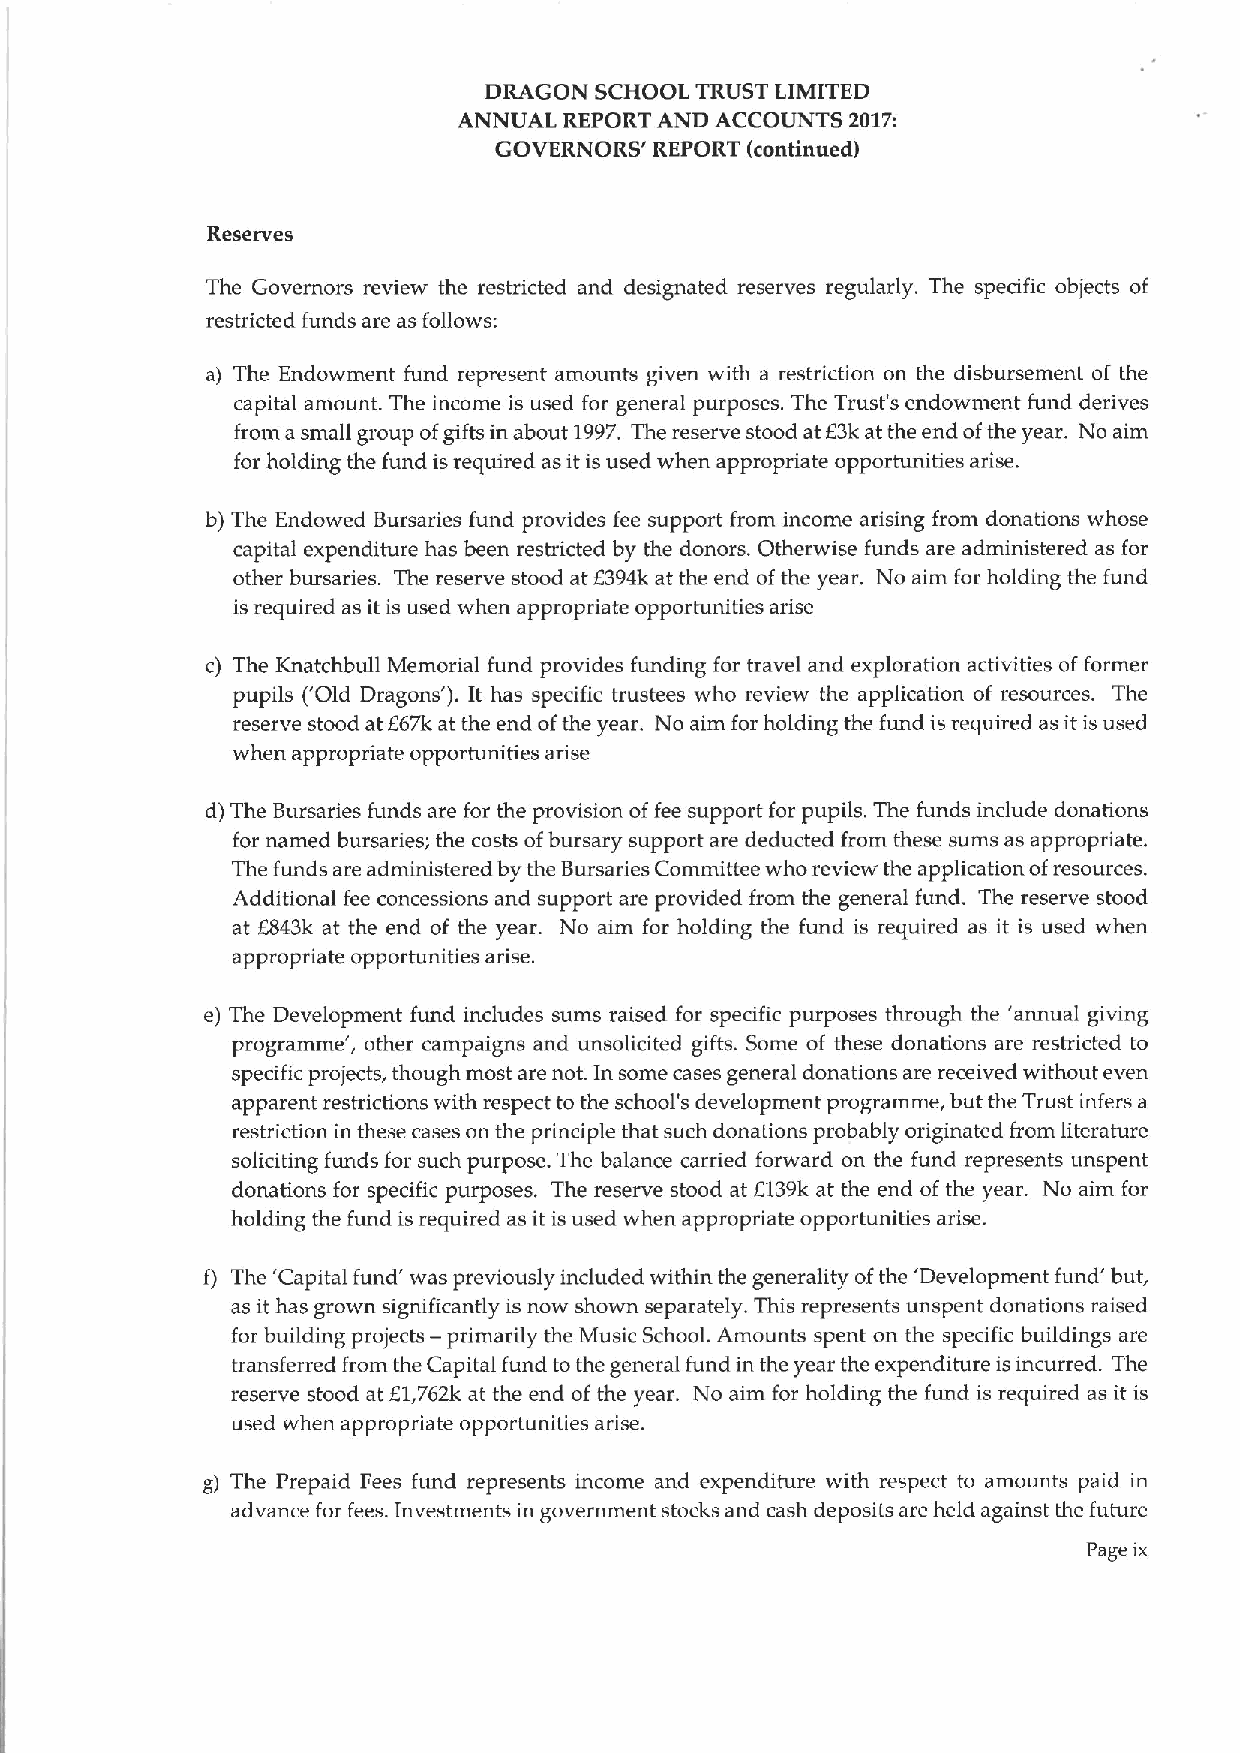
DRAGON SCHOOL TRUST LIMITED
 ANNUAL REPORT AND ACCOUNTS 2017:
 GOVERNORS' REPORT (continued)
 Reserves
 The Governors review the restricted and designated reserves regularly. The specific objects of
 restricted funds are as follows:
 a) The Endowment fund represent amounts given with a restriction on the disbursement of the
 capital amount. The income is used for general purposes. The Trust's endowment fund derives
 from a small group ofgifts in about 1997.The reserve stood at E3kat the end ofthe year. No aim
 for holding the fund isrequired as it is used when appropriate opportunities arise.
 b) The Endowed Bursaries fund provides fee support from income arising from donations whose
 capital expenditure has been restricted by the donors. Otherwise funds are administered as for
 other bursaries. The reserve stood atE394k at the end ofthe year. No aim for holding the fund
 is required as itis used when appropriate opportunities arise
 c) The Knatchbull Memorial fund provides funding for travel and exploration activities offormer
 pupils ('Old Dragons' ).It has specific trustees who review the application of resources. The
 reserve stood at E67k at the end ofthe year. No aim for holding the fund is required as it is used
 when appropriate opportunities arise
 d) The Bursaries funds are for the provision offee support for pupils. The funds include donations
 for named bursaries; the costs ofbursary support are deducted from these sums as appropriate.
 The funds are administered by the Bursaries Committee who review the application ofresources.
 Additional fee concessions and support are provided from the general fund. The reserve stood
 at E843k at the end of the year. No aim for holding the fund is required as it is used when
 appropriate opportunities arise.
 e) The Development fund includes sums raised for specific purposes through the 'annual giving
 programme', other campaigns and unsolicited gifts. Some of these donations are restricted to
 specific projects, though most are not. In some cases general donations are received without even
 apparent restrictions with respect to the school's development programme, but the Trust infers a
 restriction in these cases on the principle that such donations probably originated from literature
 soliciting funds for such purpose. The balance carried forward on the fund represents unspent
 donations for specific purposes. The reserve stood at 6139kat the end of the year. No aim for
 holding the fund is required as it is used when appropriate opportunities arise.
 f) The 'Capital fund' was previously included within the generality ofthe 'Development fund' but,
 as it has grown significantly is now shown separately. This represents unspent donations raised
 for building projects — primarily the Music School. Amounts spent on the specific buildings are
 transferred from the Capital fund tothe general fund in the year the expenditure isincurred. The
 reserve stood at E1,762k at the end of the year. No aim for holding the fund is required as it is
 used when appropriate opportunities arise.
 The Prepaid Fees fund represents income and expenditure with respect to amounts paid in
 g)
 advance for fees. Investments in government stocks and cash deposits are held against the future
 Page ix